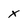
Character: X